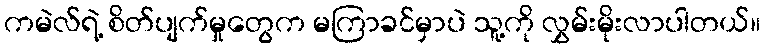
ကမဲလ်ရဲ့ စိတ်ပျက်မှုတွေက မကြာခင်မှာပဲ သူ့ကို လွှမ်းမိုးလာပါတယ်။